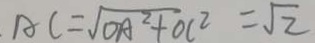
A C = \sqrt { O A ^ { 2 } + O C ^ { 2 } } = \sqrt { 2 }